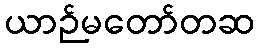
ယာဉ်မတော်တဆ